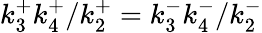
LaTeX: k_{3}^{+}k_{4}^{+}/k_{2}^{+}=k_{3}^{-}k_{4}^{-}/k_{2}^{-}